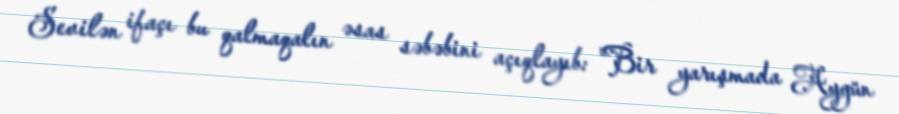
Sevilən ifaçı bu qalmaqalın əsas səbəbini açıqlayıb: "Bir yarışmada Aygün